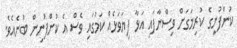
ކުންފުނީގެ ކުރިމަގަށް ވިސްނާފައި އަޅާ ފިޔަވަޅެއް ކަމުގައި ވެސް އެ ކުންފުނިން ބުނެއެވެ.